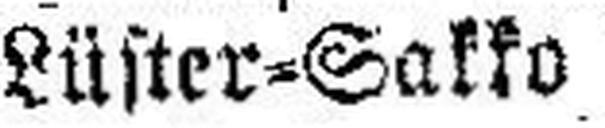
Lüster=Sakko